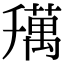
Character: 𦼌